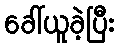
ခေါ်ယူခဲ့ပြီး